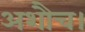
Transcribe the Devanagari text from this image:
अशौच।